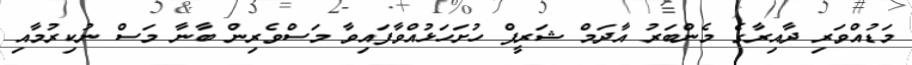
މަޑުއްވަރި ދާއިރާގެ މެންބަރު އާދަމް ޝަރީފް ހުށަހަޅުއްވާފައިވާ މަސްވެރިން ބާނާ މަސް ނުކިރުމާއި